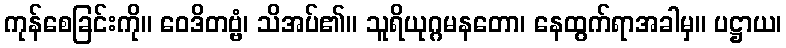
ကုန်စေခြင်းကို။ ဝေဒိတဗ္ဗံ၊ သိအပ်၏။ သူရိယုဂ္ဂမနတော၊ နေထွက်ရာအခါမှ။ ပဋ္ဌာယ၊